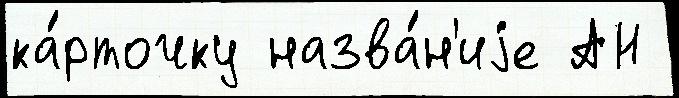
ка́рточку назва́н'иjе АН